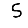
Digit: 5